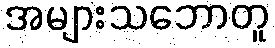
အများသဘောတူ